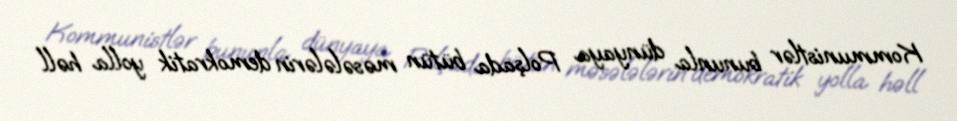
Kommunistlər bununla dünyaya Polşada bütün məsələlərin demokratik yolla həll